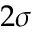
2 \sigma